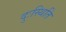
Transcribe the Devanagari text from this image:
दुःस्थिति